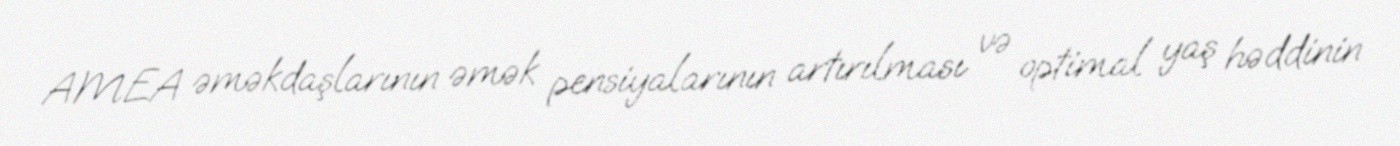
AMEA əməkdaşlarının əmək pensiyalarının artırılması və optimal yaş həddinin